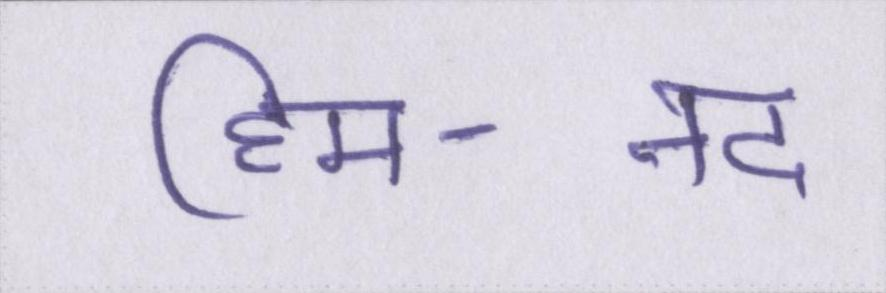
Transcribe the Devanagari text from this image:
हिम-नद